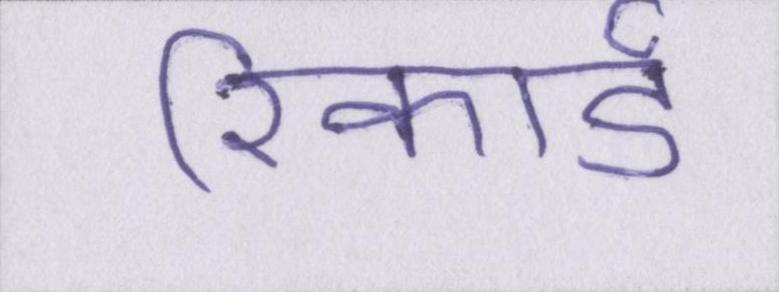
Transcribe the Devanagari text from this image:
रिकार्ड